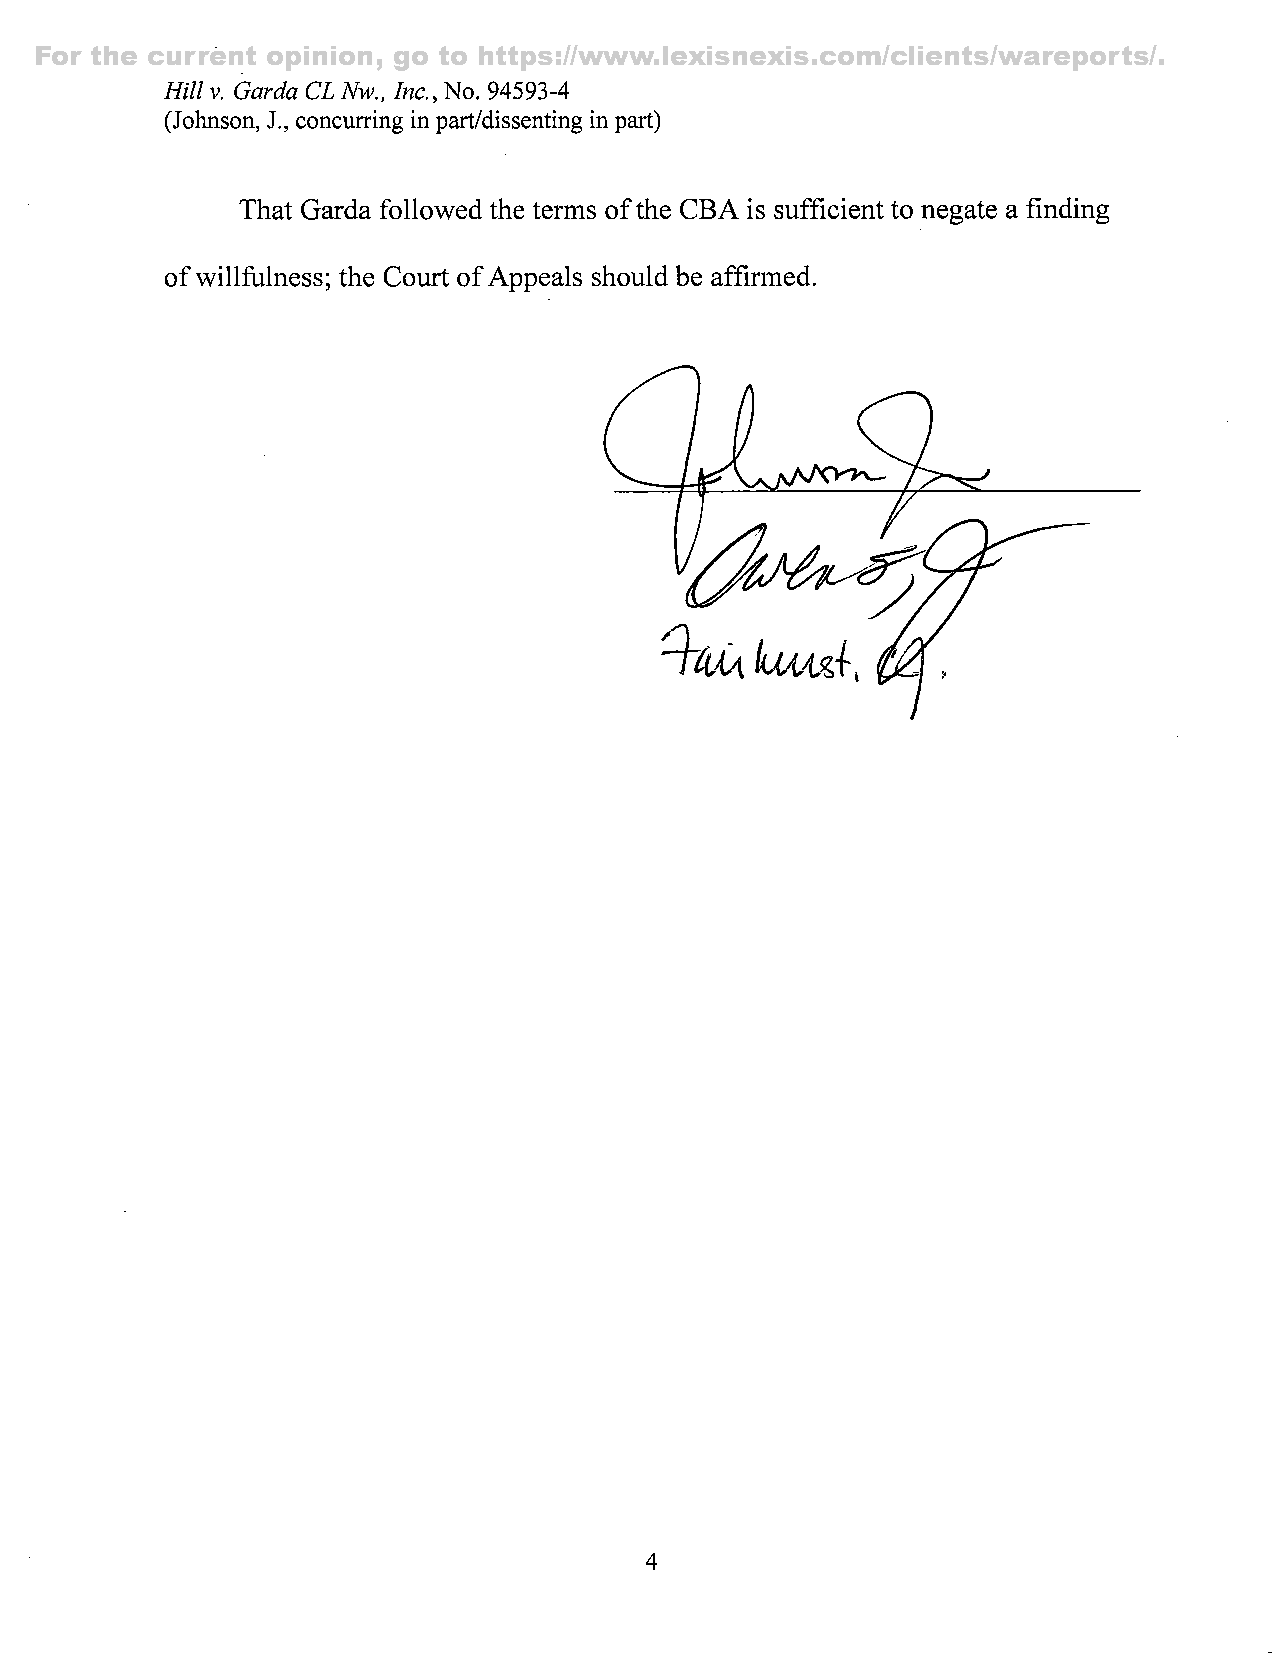
For the current opinion, go to https://www.lexisnexis.com/clients/wareports/.
 Hill V. Garda CL Nw.. Inc., No. 94593-4
 (Johnson, J., concurring in part/dissenting in part)
 That Garda followed the terms of the CBA is sufficient to negate a finding
 of willfulness; the Court of Appeals should be affirmed.